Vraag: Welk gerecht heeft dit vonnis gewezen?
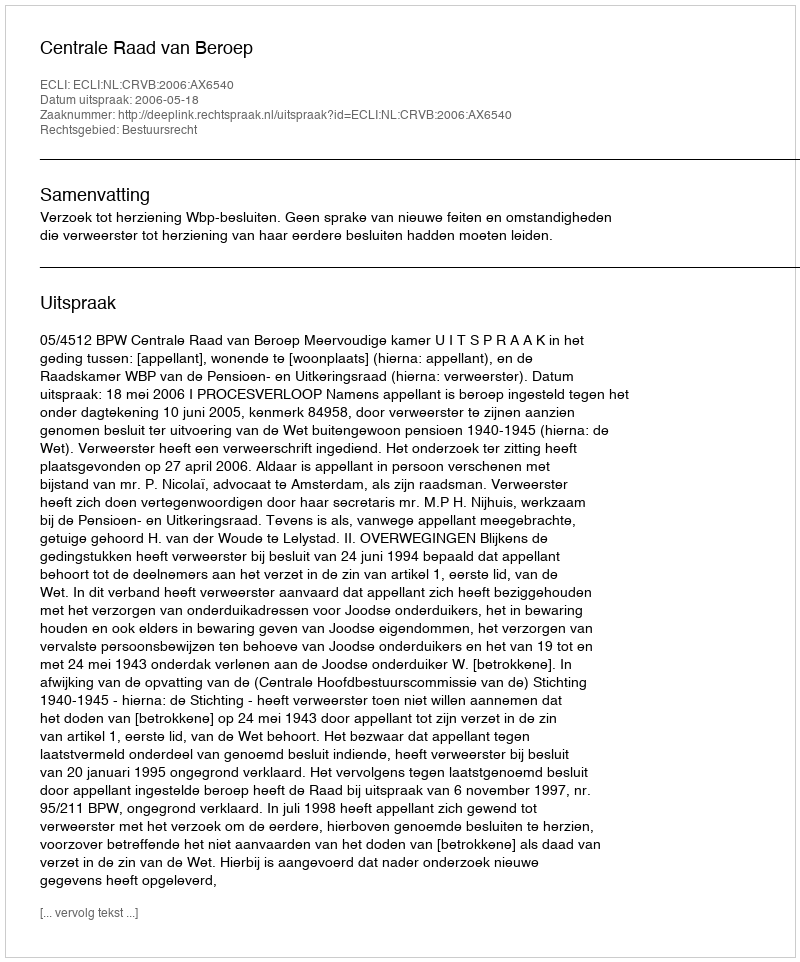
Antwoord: Centrale Raad van Beroep